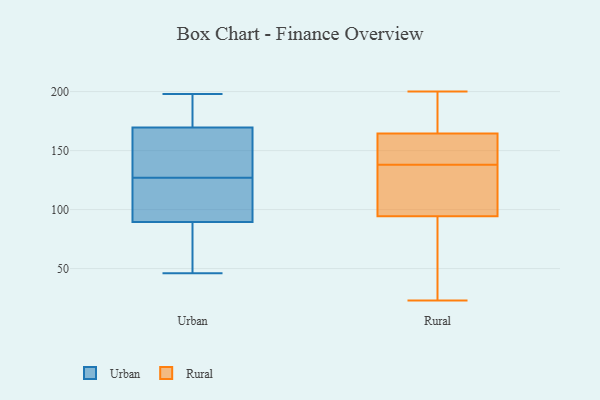
{"axis": {"x": "Production Output", "y": "Value"}, "legend": ["Rural", "Urban"], "data": [{"x": "", "y": 144, "type": "Urban"}, {"x": "", "y": 174, "type": "Urban"}, {"x": "", "y": 121, "type": "Urban"}, {"x": "", "y": 128, "type": "Urban"}, {"x": "", "y": 198, "type": "Urban"}, {"x": "", "y": 184, "type": "Urban"}, {"x": "", "y": 168, "type": "Urban"}, {"x": "", "y": 82, "type": "Urban"}, {"x": "", "y": 46, "type": "Urban"}, {"x": "", "y": 183, "type": "Urban"}, {"x": "", "y": 97, "type": "Urban"}, {"x": "", "y": 55, "type": "Urban"}, {"x": "", "y": 93, "type": "Urban"}, {"x": "", "y": 92, "type": "Urban"}, {"x": "", "y": 145, "type": "Urban"}, {"x": "", "y": 127, "type": "Urban"}, {"x": "", "y": 66, "type": "Urban"}, {"x": "", "y": 169, "type": "Rural"}, {"x": "", "y": 108, "type": "Rural"}, {"x": "", "y": 138, "type": "Rural"}, {"x": "", "y": 53, "type": "Rural"}, {"x": "", "y": 163, "type": "Rural"}, {"x": "", "y": 147, "type": "Rural"}, {"x": "", "y": 175, "type": "Rural"}, {"x": "", "y": 155, "type": "Rural"}, {"x": "", "y": 114, "type": "Rural"}, {"x": "", "y": 131, "type": "Rural"}, {"x": "", "y": 23, "type": "Rural"}, {"x": "", "y": 200, "type": "Rural"}, {"x": "", "y": 30, "type": "Rural"}]}